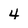
Character: 4